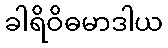
ခါရိဝိဓမာဒါယ